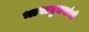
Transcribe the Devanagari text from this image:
भावानुभवांची